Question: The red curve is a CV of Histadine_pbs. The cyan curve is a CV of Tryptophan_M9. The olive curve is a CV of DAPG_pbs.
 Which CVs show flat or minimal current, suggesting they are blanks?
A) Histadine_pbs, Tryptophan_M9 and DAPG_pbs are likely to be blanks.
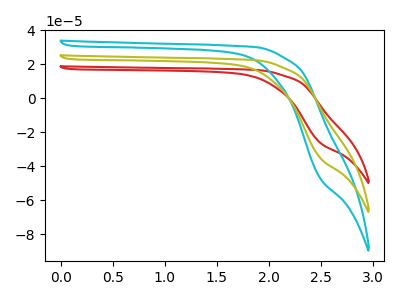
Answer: <think>The red curve "Histadine_pbs" has no peaks. The cyan curve "Tryptophan_M9" has no peaks. The olive curve "DAPG_pbs" has no peaks.</think>
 <answer>A) "Histadine_pbs", "Tryptophan_M9" and "DAPG_pbs" are likely to be blanks.</answer>
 <eval>A</eval>